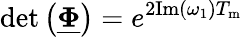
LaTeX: \mathrm{det}\left(\underline{{\boldsymbol{\Phi}}}\right)=e^{2\mathrm{Im}\left(\omega_{1}\right)T_{\mathrm{m}}}